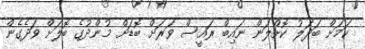
ކަމަށް ބަދަލު ކޮށްލަން ނައިބް ރައީސް ވަރަށް ބޮޑަށް މުންދުގެ ބޮލަށް ވަދެގެން